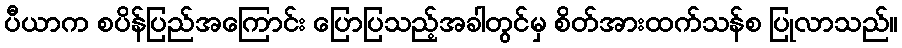
ပီယာက စပိန်ပြည်အကြောင်း ပြောပြသည့်အခါတွင်မှ စိတ်အားထက်သန်စ ပြုလာသည်။